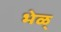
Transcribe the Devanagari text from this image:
भेळ्